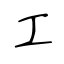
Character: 工